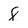
Character: 8